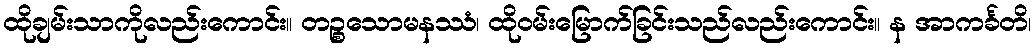
ထိုချမ်းသာကိုလည်းကောင်း။ တဉ္စသောမနဿံ၊ ထိုဝမ်းမြောက်ခြင်းသည်လည်းကောင်း။ န အာကင်္ခတိ၊